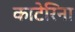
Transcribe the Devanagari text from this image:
काटेरिना